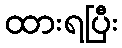
ထားရပြီး